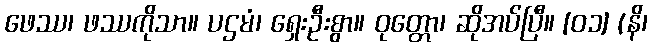
ဖေဿ၊ ဖဿကိုသာ။ ပဌမံ၊ ရှေးဦးစွာ။ ဝုတ္တော၊ ဆိုအပ်ပြီ။ [၀၁] (နိ၊